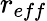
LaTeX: r_{eff}